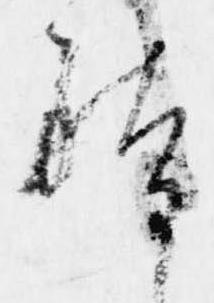
体